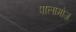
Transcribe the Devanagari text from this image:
पालामोज़